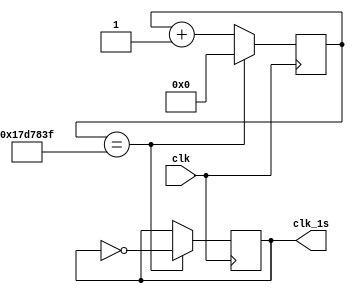
module clk_1s(
    input clk,
	 output reg clk_1s
    );
	 
	 reg[31:0] count_clk = 0;
	 
	 always @(posedge clk) begin
	     if (count_clk == 24999999) begin
		      count_clk <= 0;
				clk_1s <= ~clk_1s;
	     end
		  else
		      count_clk <= count_clk + 1;
	 end
	 
endmodule